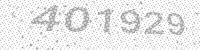
Solution: 401929